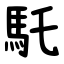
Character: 馲